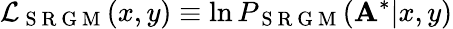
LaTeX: \mathcal{L}_{\mathrm{~S~R~G~M~}}(x,y)\equiv\ln P_{\mathrm{~S~R~G~M~}}(\mathbf{A}^{*}|x,y)